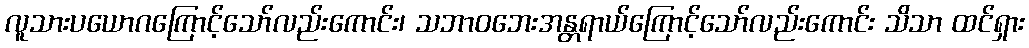
လူသားပယောဂကြောင့်သော်လည်းကောင်း၊ သဘာဝဘေးအန္တရာယ်ကြောင့်သော်လည်းကောင်း သိသာ ထင်ရှား